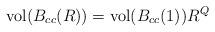
LaTeX: \begin{align*}\operatorname{vol}(B_{cc}(R))=\operatorname{vol}(B_{cc}(1))R^Q\end{align*}